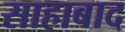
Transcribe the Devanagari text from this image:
साहाबाद